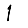
Digit: 1